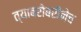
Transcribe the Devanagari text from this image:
त्याबरोबरीनेच